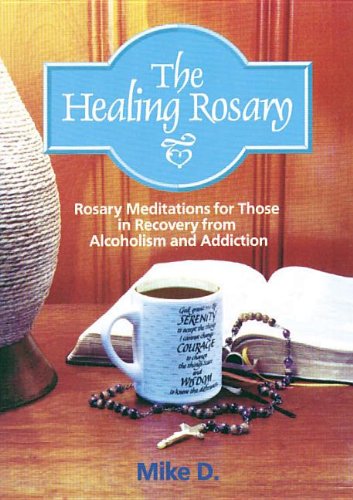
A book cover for The Healing Rosary: Rosary Meditations for Those in Recovery from Alcoholism and Addiction; Mike D.; Christian Books & Bibles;